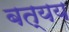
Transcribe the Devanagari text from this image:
बत्यय